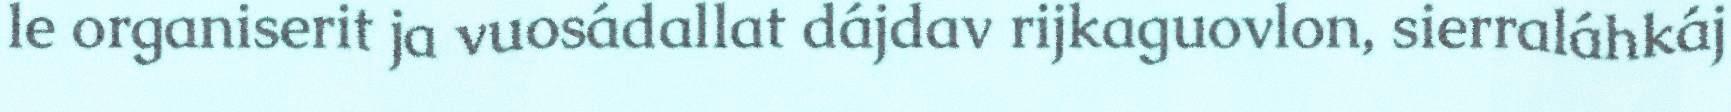
le organiserit ja vuosádallat dájdav rijkaguovlon, sierraláhkáj